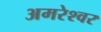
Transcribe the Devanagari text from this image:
अमरेश्‍वर